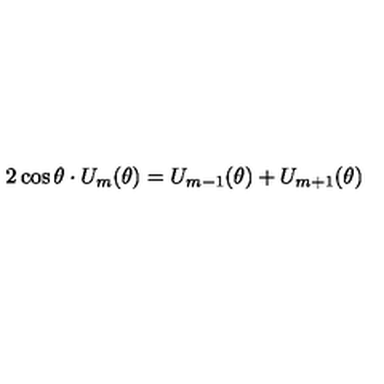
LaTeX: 2 \cos \theta \cdot U _ { m } ( \theta ) = U _ { m - 1 } ( \theta ) + U _ { m + 1 } ( \theta )